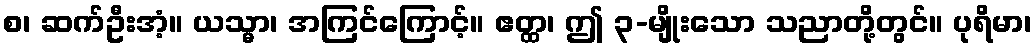
စ၊ ဆက်ဦးအံ့။ ယသ္မာ၊ အကြင်ကြောင့်။ ဧတ္ထ၊ ဤ ၃-မျိုးသော သညာတို့တွင်။ ပုရိမာ၊